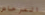
المرحاض